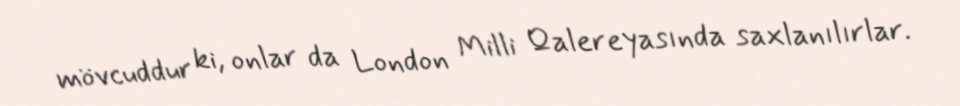
mövcuddur ki, onlar da London Milli Qalereyasında saxlanılırlar.